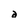
Character: a